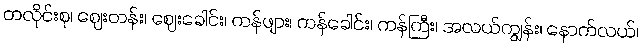
တလိုင်းစု၊ ဈေးတန်း၊ ဈေးခေါင်း၊ ကန်ဖျား၊ ကန်ခေါင်း၊ ကန်ကြီး၊ အလယ်ကျွန်း၊ နောက်လယ်၊